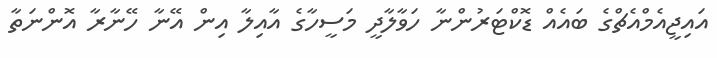
އައިޖީއެމްއެޗްގެ ބައެއް ޑޮކްޓަރުންނާ ހަވާލާދީ މަސީހާގެ އާއިލާ އިން އޭނާ ހޭނާރާ އޮންނަތާ